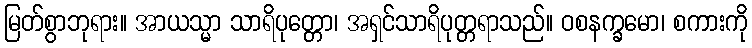
မြတ်စွာဘုရား။ အာယသ္မာ သာရိပုတ္တော၊ အရှင်သာရိပုတ္တရာသည်။ ဝစနက္ခမော၊ စကားကို